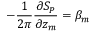
- \frac { 1 } { 2 \pi } \frac { \partial S _ { P } } { \partial z _ { m } } = \beta _ { m }